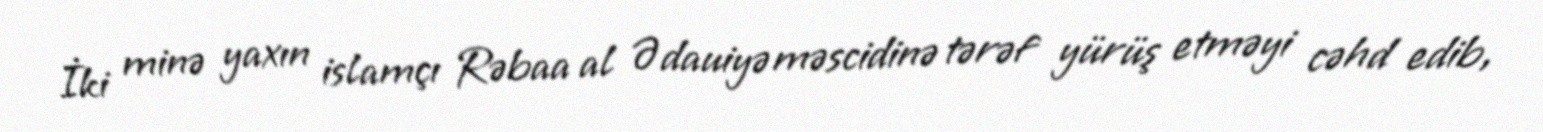
İki minə yaxın islamçı Rəbaa al Ədauiyə məscidinə tərəf yürüş etməyi cəhd edib,